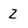
Character: 2